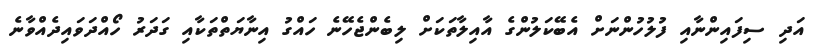
އަދި ސިފައިންނާއި ފުލުހުންނަށް އެބޭކަލުންގެ އާއިލާތަކަށް ލިބެންޖެހޭނެ ހައްގު އިނާޔަތްތަކާއި ގަދަރު ހޯއްދަވައިދެއްވާނެ